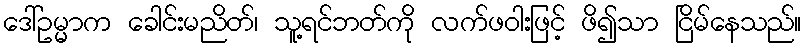
ဒေါ်ဥမ္မာက ခေါင်းမညိတ်၊ သူ့ရင်ဘတ်ကို လက်ဖဝါးဖြင့် ဖိ၍သာ ငြိမ်နေသည်။